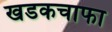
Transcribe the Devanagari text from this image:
खडकचाफा